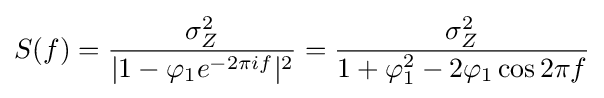
S(f)={\frac {\sigma _{Z}^{2}}{|1-\varphi _{1}e^{-2\pi if}|^{2}}}={\frac {\sigma _{Z}^{2}}{1+\varphi _{1}^{2}-2\varphi _{1}\cos 2\pi f}}